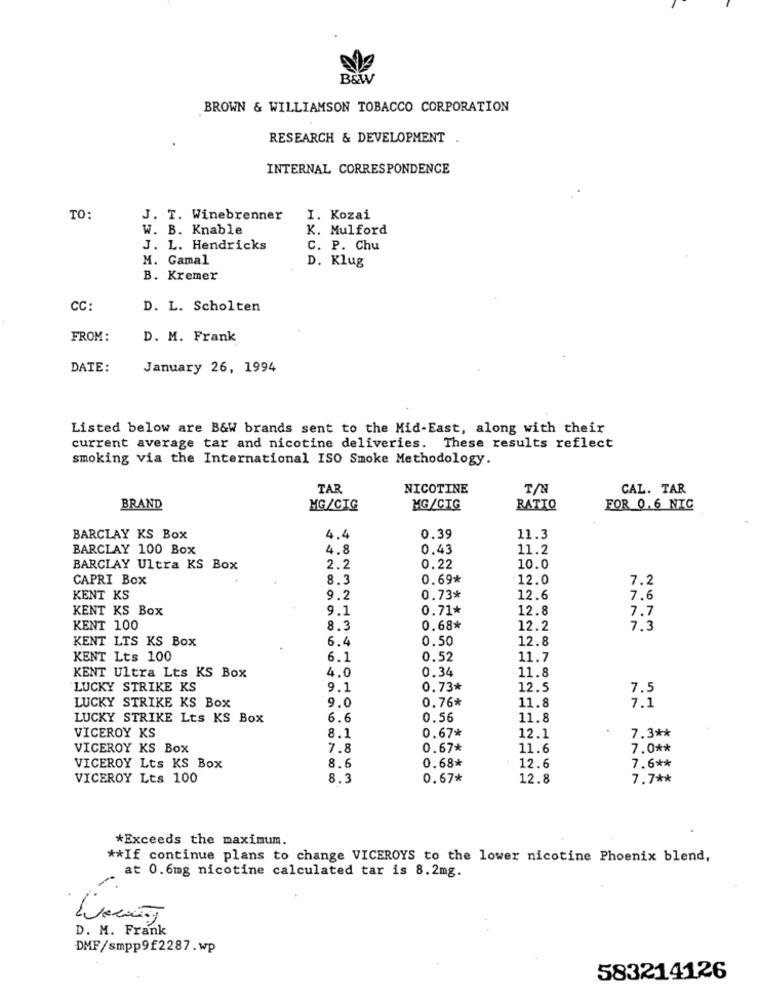
B&W
BROWN & WILLIAMSON TOBACCO CORPORATION
RESEARCH & DEVELOPMENT
INTERNAL CORRESPONDENCE
TO:
J. T. Winebrenner
I. Kozai
W. B. Knable
K. Mulford
J. L. Hendricks
C. P. Chu
M. Gamal
D. Klug
B. Kremer
CC:
D. L. Scholten
FROM:
D. M. Frank
DATE:
January 26, 1994
Listed below are B&W brands sent to the Mid-East, along with their
current average tar and nicotine deliveries. These results reflect
smoking via the International ISO Smoke Methodology.
TAR
NICOTINE
T/N
CAL. TAR
BRAND
MG/CIG
MG/CTG
RATIO
FOR 0.6 NIC
BARCLAY KS Box
4.4
0.39
11.3
BARCLAY 100 Box
4.8
0,43
11.2
BARCLAY Ultra KS Box
2.2
0.22
10.0
CAPRI Box
8.3
0.69*
12.0
7.2
KENT KS
9.2
0.73*
12.6
7.6
KENT KS Box
9.1
0.71*
12.8
7.7
KENT 100
8.3
0.68*
12.2
7.3
KENT LTS KS Box
6.4
0.50
12.8
KENT Lts 100
6.1
0.52
11.7
KENT Ultra Lts KS Box
0.34
11.8
4.0
LUCKY STRIKE KS
9.1
0.73*
12.5
7.5
0.76*
LUCKY STRIKE KS Box
9.0
11.8
7.1
LUCKY STRIKE Lts KS Box
6.6
0.56
11.8
0.67*
VICEROY KS
8.1
12.1
7.3 **
VICEROY KS Box
7.8
0.67*
11.6
7.0 **
0.68*
VICEROY Lts KS Box
8.6
12.6
7.6 **
VICEROY Lts 100
8.3
0.67*
12.8
7.7 **
*Exceeds the maximum.
** If continue plans to change VICEROYS to the lower nicotine Phoenix blend,
at 0.6mg nicotine calculated tar is 8.2mg.
D. M. Frank
DMF/smpp9f2287.wp
583214126